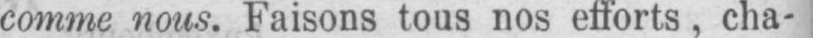
comme nous. Faisons tous nos efforts, cha-